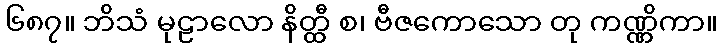
၆၈၇။ ဘိသံ မုဠာလော နိတ္ထီ စ၊ ဗီဇကောသော တု ကဏ္ဏိကာ။